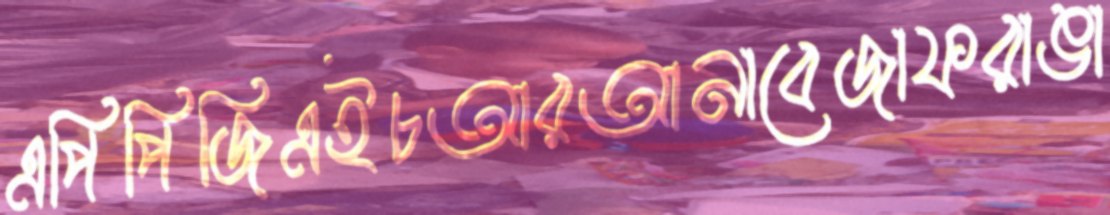
এপিপিজিএইচআরআনাবেজাফরাঙা